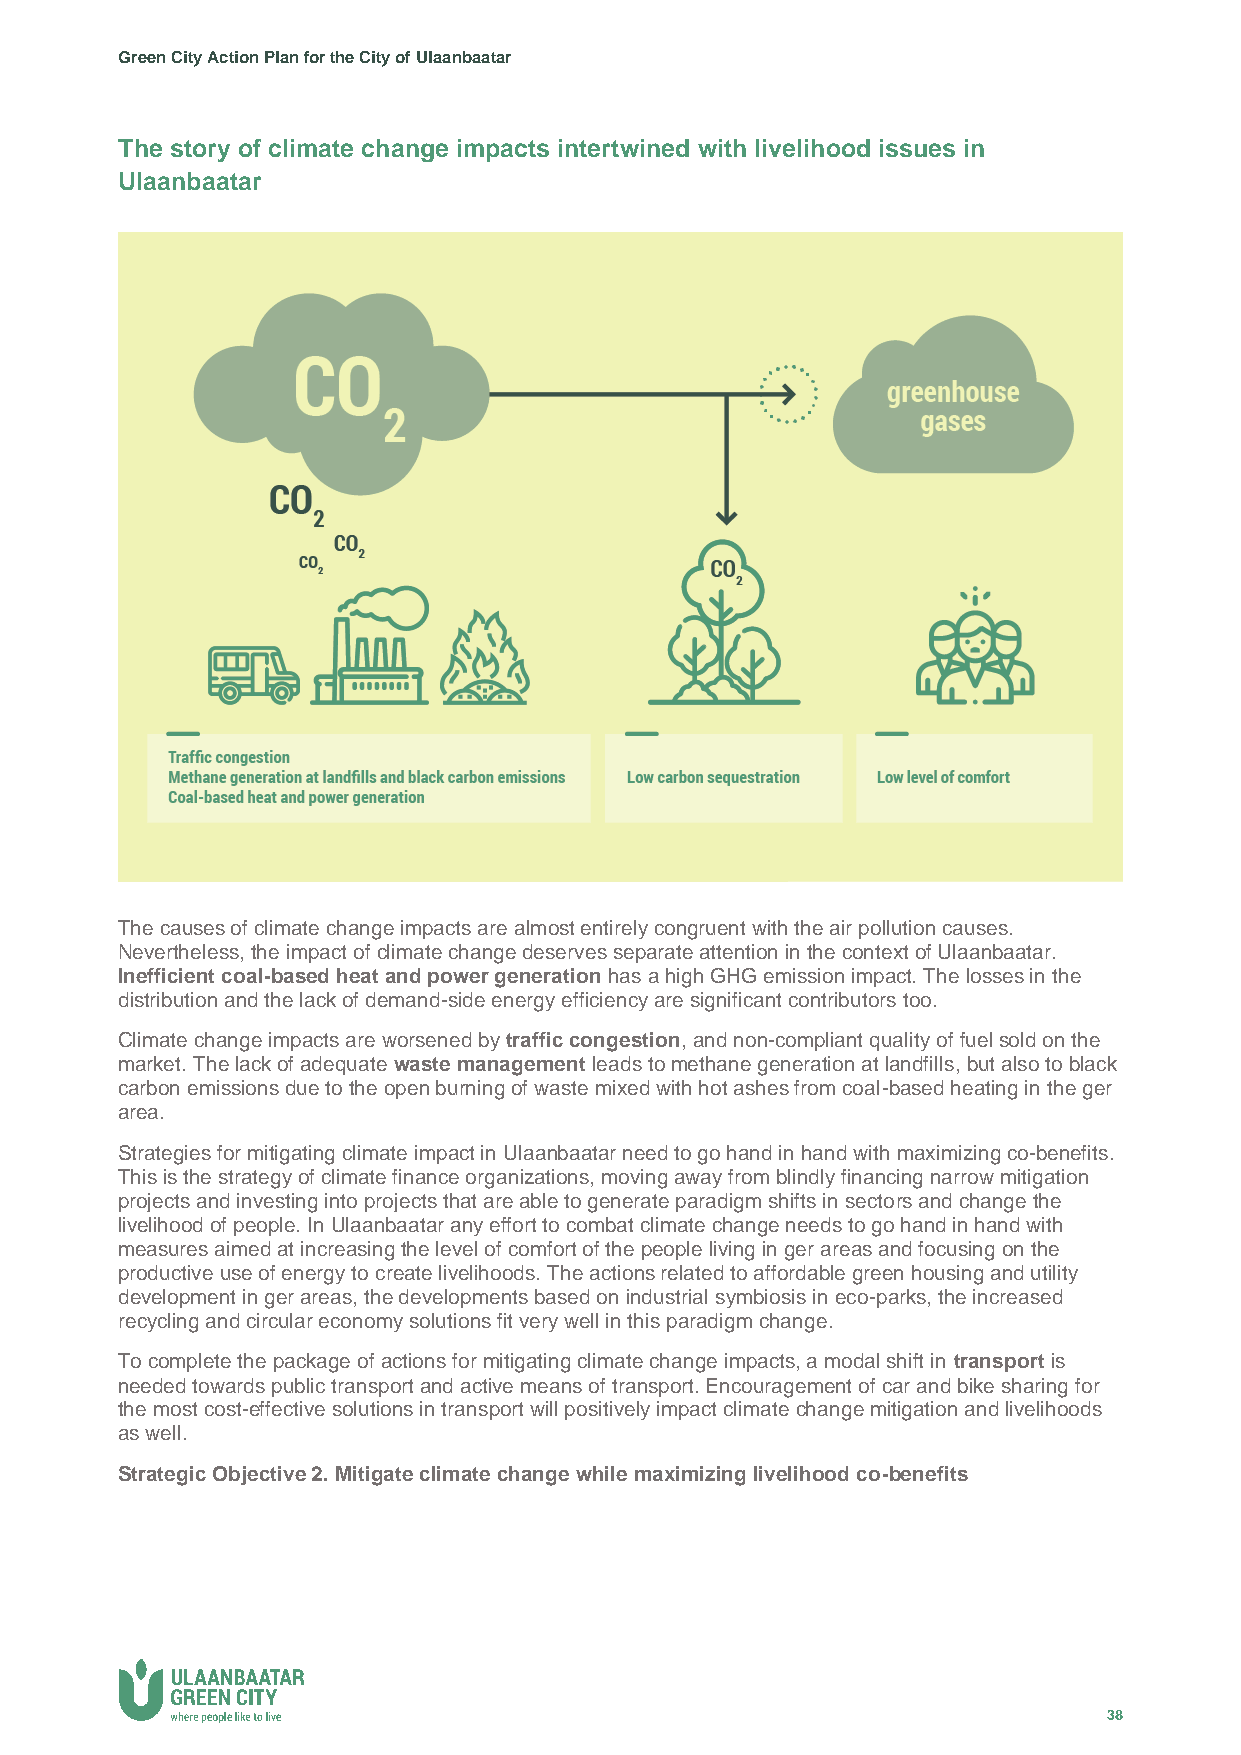
Green City Action Plan for the City of Ulaanbaatar
 The story of climate change impacts intertwined with livelihood issues in
 Ulaanbaatar
 The causes of climate change impacts are almost entirely congruent with the air pollution causes.
 Nevertheless, the impact of climate change deserves separate attention in the context of Ulaanbaatar.
 Inefficient coal-based heat and power generation has a high GHG emission impact. The losses in the
 distribution and the lack of demand-side energy efficiency are significant contributors too.
 Climate change impacts are worsened by traffic congestion, and non-compliant quality of fuel sold on the
 market. The lack of adequate waste management leads to methane generation at landfills, but also to black
 carbon emissions due to the open burning of waste mixed with hot ashes from coal-based heating in the ger
 area.
 Strategies for mitigating climate impact in Ulaanbaatar need to go hand in hand with maximizing co-benefits.
 This is the strategy of climate finance organizations, moving away from blindly financing narrow mitigation
 projects and investing into projects that are able to generate paradigm shifts in sectors and change the
 livelihood of people. In Ulaanbaatar any effort to combat climate change needs to go hand in hand with
 measures aimed at increasing the level of comfort of the people living in ger areas and focusing on the
 productive use of energy to create livelihoods. The actions related to affordable green housing and utility
 development in ger areas, the developments based on industrial symbiosis in eco-parks, the increased
 recycling and circular economy solutions fit very well in this paradigm change.
 To complete the package of actions for mitigating climate change impacts, a modal shift in transport is
 needed towards public transport and active means of transport. Encouragement of car and bike sharing for
 the most cost-effective solutions in transport will positively impact climate change mitigation and livelihoods
 as well.
 Strategic Objective 2. Mitigate climate change while maximizing livelihood co-benefits
 38